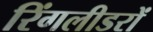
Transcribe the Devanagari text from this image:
रिंगलीडरों